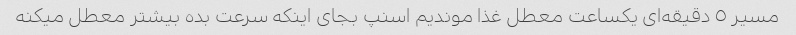
مسیر ٥ دقیقه‌ای یکساعت معطل غذا موندیم اسنپ بجای اینکه سرعت بده بیشتر معطل میکنه